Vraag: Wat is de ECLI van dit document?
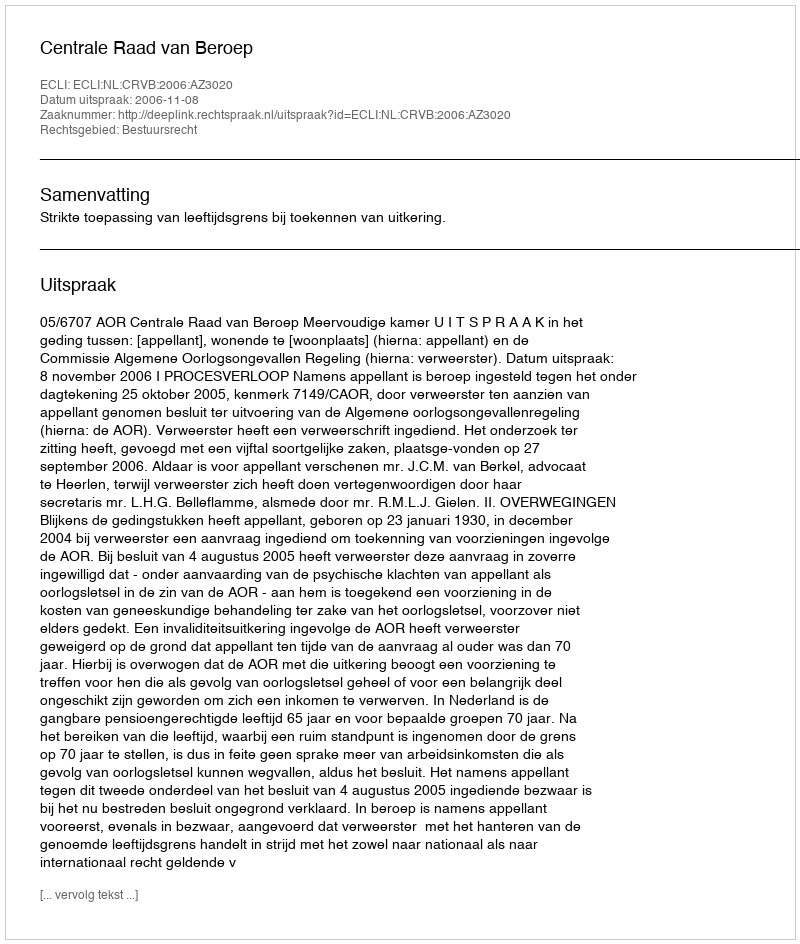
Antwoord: ECLI:NL:CRVB:2006:AZ3020